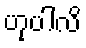
ဟုပါလိ